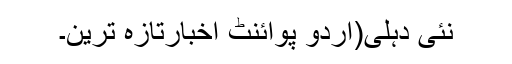
نئی دہلی(اُردو پوائنٹ اخبارتازہ ترین۔